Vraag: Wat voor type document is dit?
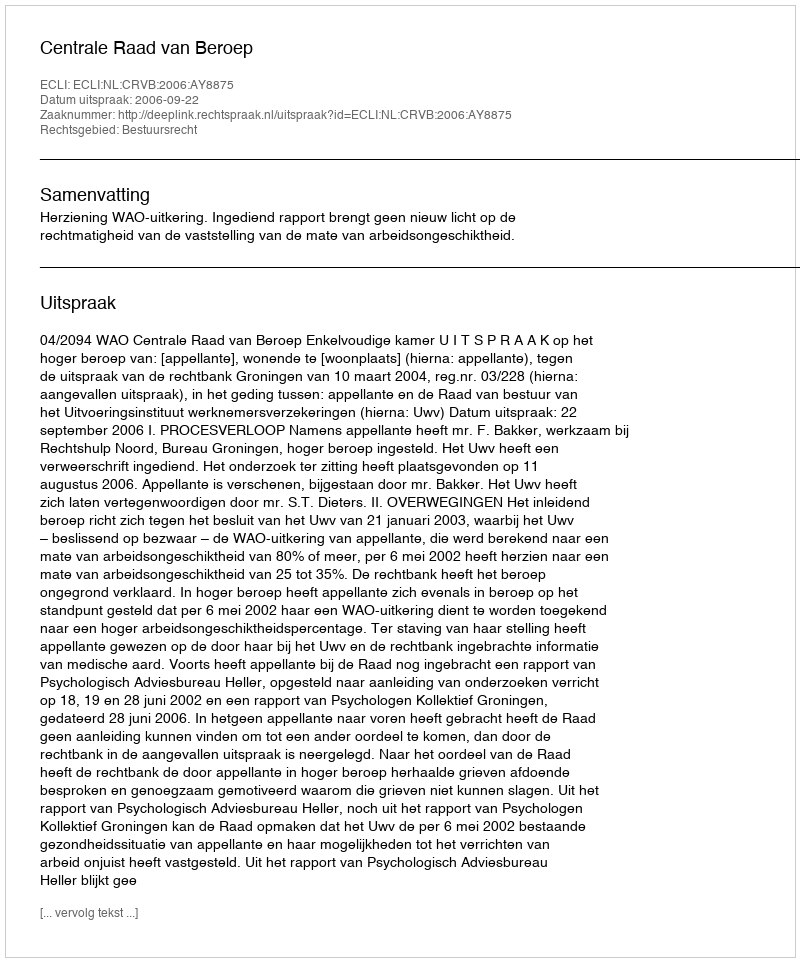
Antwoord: Uitspraak